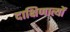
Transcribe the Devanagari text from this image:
दाक्षिणात्यों